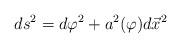
LaTeX: \begin{align*}ds^{2}=d\varphi ^{2}+a^{2}(\varphi )d\vec{x}^{2}\end{align*}